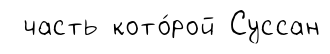
часть кото́рой Суссан